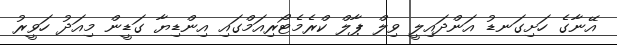
އޭނާގެ ހަށިގަނޑު އަންދައިލީ ވިލް ޕާލް ކްރެމެޓޯރިއަމްގައި އިންޑިޔާ ގަޑީން މިއަދު ހަވީރު